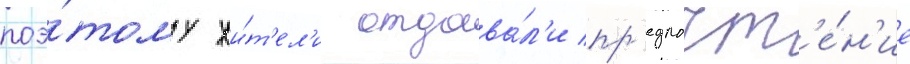
поэ́тому жи́т'ел'и отдава́л'и пр'едпочт'е́н'ие